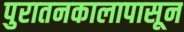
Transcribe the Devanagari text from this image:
पुरातनकालापासून